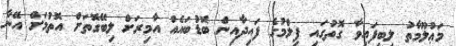
މަޢުލޫމާތު ލިބިފައިވާ ގޮތުގައި ފިލްމުގެ ފައިދާއިން ބޮޑުބައެއް އާމިރަށް ލިބޭގޮތަށް އޮތުމަށް އޭނާ